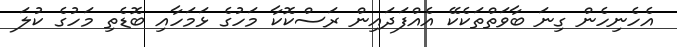
އެހެނިހެން ގިނަ ބާވަތްތަކެކޭ އެއްފަދައިން ރަސްކޮކާ މަހުގެ ޅަމަހާއި ބޮޑެތި މަހުގެ ކުލަ